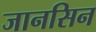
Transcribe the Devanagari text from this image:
जानसिन